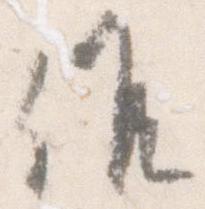
候